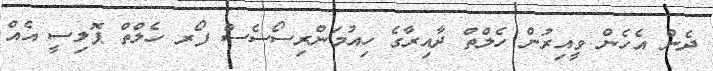
ދެން އެހެން ވީއިރުން ހެލްތް ދާއިރާގެ ހިއުމަންރިސޯސެސް ފޯރ ހެލްތް ޕޮލިސީ އެއް